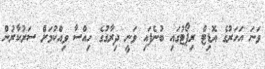
ވަނަ އަހަރުގެ އޮޑިޓް ރިޕޯޓުގައި ބުނެފައި ވަނީ ދިރާގުގެ ހިއްސާ ވިއްކުމަށް ސަރުކާރުން